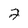
Character: 2